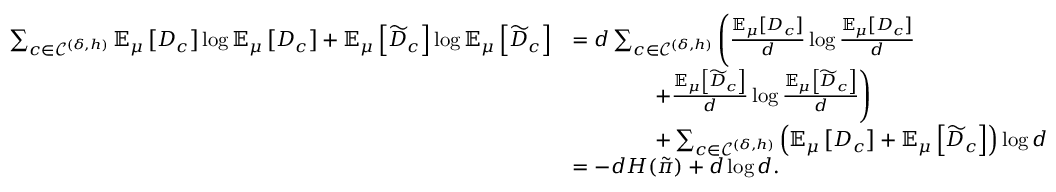
\begin{array} { r l } { \sum _ { c \in \mathcal { C } ^ { ( \delta , h ) } } \mathbb { E } _ { \mu } \left[ D _ { c } \right] \log \mathbb { E } _ { \mu } \left[ D _ { c } \right] + \mathbb { E } _ { \mu } \left[ \widetilde { D } _ { c } \right] \log \mathbb { E } _ { \mu } \left[ \widetilde { D } _ { c } \right] } & { = d \sum _ { c \in \mathcal { C } ^ { ( \delta , h ) } } \Bigg ( \frac { \mathbb { E } _ { \mu } \left[ D _ { c } \right] } { d } \log \frac { \mathbb { E } _ { \mu } \left[ D _ { c } \right] } { d } } \\ & { \qquad \qquad + \frac { \mathbb { E } _ { \mu } \left[ \widetilde { D } _ { c } \right] } { d } \log \frac { \mathbb { E } _ { \mu } \left[ \widetilde { D } _ { c } \right] } { d } \Bigg ) } \\ & { \qquad \qquad + \sum _ { c \in \mathcal { C } ^ { ( \delta , h ) } } \left( \mathbb { E } _ { \mu } \left[ D _ { c } \right] + \mathbb { E } _ { \mu } \left[ \widetilde { D } _ { c } \right] \right) \log d } \\ & { = - d H ( \tilde { \pi } ) + d \log d . } \end{array}